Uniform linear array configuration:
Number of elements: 32
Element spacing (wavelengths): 0.75
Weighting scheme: exponential
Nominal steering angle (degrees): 0
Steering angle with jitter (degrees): -0.14
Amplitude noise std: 0.05
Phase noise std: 0.05

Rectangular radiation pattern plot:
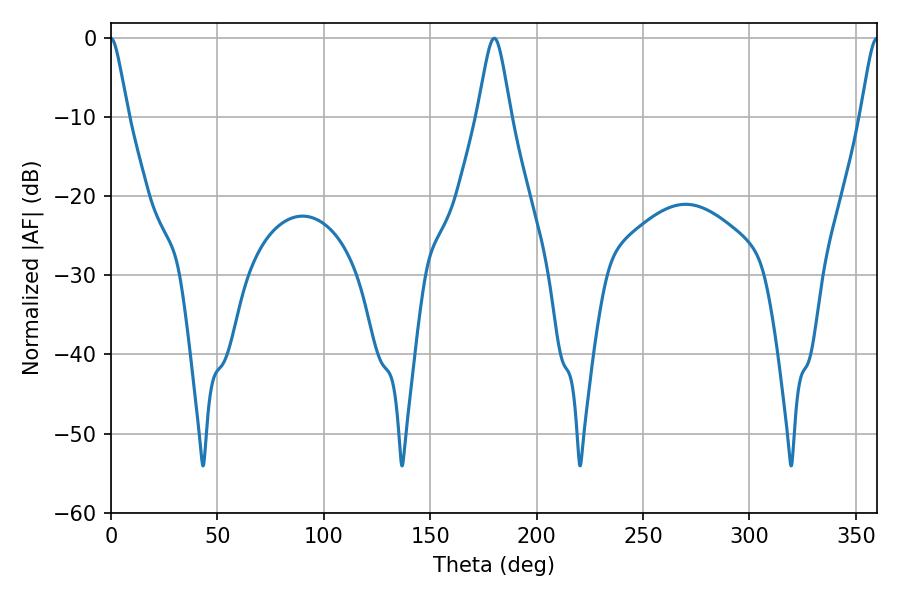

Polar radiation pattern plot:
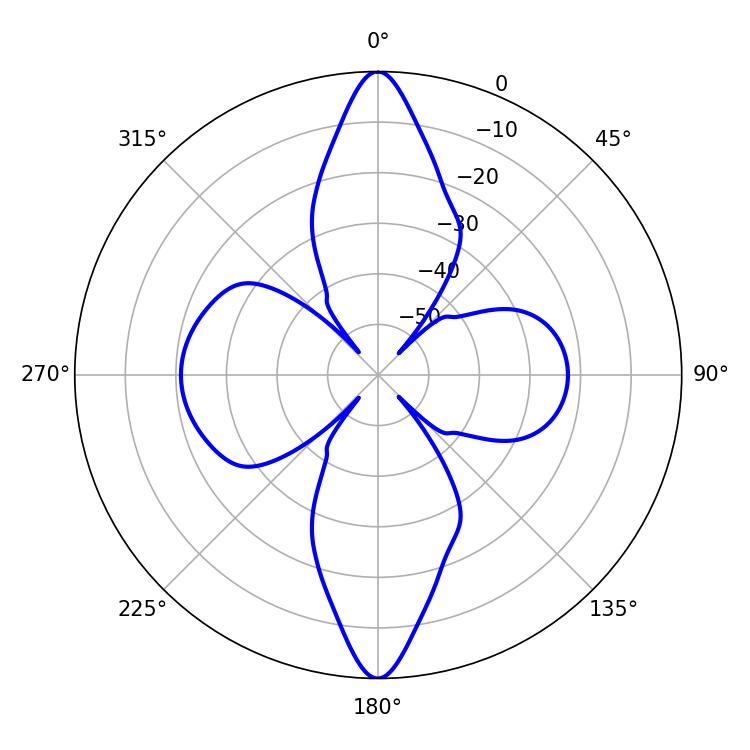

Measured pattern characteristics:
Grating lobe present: TRUE
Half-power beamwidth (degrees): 3.78
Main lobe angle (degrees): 0